Civil Veterinary Department. United Provinces 1912-22 - 1912-1922
Year: 1912
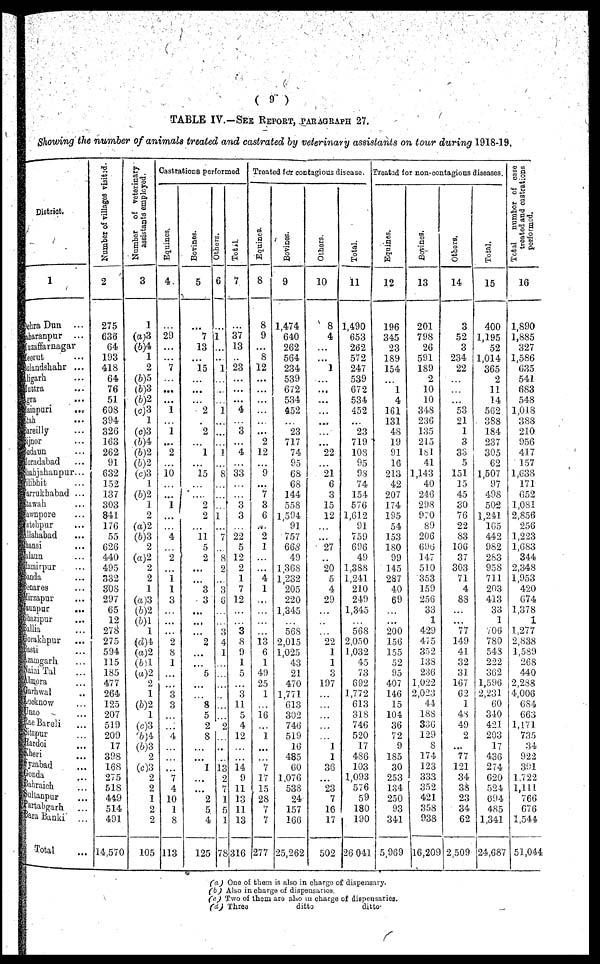
(9)
TABLE IV.—SEE REPORT, PARAGRAPH 27.
Showing the number of animals treated and castrated by veterinary assistants on tour during 1918-19.
District.
1
Dehra Dun
...
Sharanpur ...
Muzaffarnagar
Meerut ...
Blandshahr ...
Aligarh ...
Muttra ...
Agra ...
Mainpuri ...
Etah ...
Bareilly ...
Bijnor ...
Judaun ...
Moradabad ...
Shahjahanpur ...
Pilibhit ...
Farrukhabad ...
Etawah ...
Cawnpore ...
Fatehpur ...
Allahabad ...
Jhansi ...
Jalaun ...
Hamirpur ...
Banda ...
Benares ...
Mirzapur ...
Jaunpur ...
Ghazipur
...
Ballia ...
Gorakhpur ...
Basti ...
Azamgarh ...
Naini Tal ...
Almora ...
Garhwal ...
Lucknow ...
Unao ...
Rae Bareli ...
Sitapur ...
Hardoi ...
Kheri ...
Fyzabad ...
Gonda ...
Bahraich ...
Sultanpur
...
Partabgarh ...
Bara Banki
...
Total ...
Number of villages visited.
2
275
636
64
193
418
64
76
51
608
394
326
163
262
91
632
152
137
303
841
176
55
626
440
495
332
308
297
65
12
278
275
594
115
185
477
264
125
207
519
209
17
398
168
275
518
449
514
491
14,570
N umber of veterinary
assistants employed.
3
1
(a)3
(b)4
1
2
(b)5
(b)3
(b)2
(c)3
1
(c)3
(b)4
(b)2
(b)2
(c)3
1
(b)2
1
2
(a)2
(b)3
2
(a)2
2
2
1
(a)3
(b2
(b)1
1
(d)4
(a)2
(b)1
(a)2
2
1
(b)2
1
(c)3
(b)4
(b)3
2
(c)3
2
2
1
2
2
105
Castrations performed
Equines.
4
29
...
...
7
...
...
...
1
...
1
...
2
10
...
...
1
...
...
4
...
2
...
1
1
3
...
....
...
2
8
1
... ...
3
3
...
...
4
...
...
...
7
4
10
1
8
113
Bovines.
5
7
13
...
15
...
...
...
2
...
2
...
1
...
15
...
...
2
2
...
11
5
2
...
...
3
3
...
...
...
2
...
...
5
...
...
8
5
2
8
...
...
1
...
...
2
5
4
125
Others.
6
1
...
...
1
...
...
...
1
...
...
...
1
8
....
...
1
...
7
8
2
...
3
6
...
...
3
4
1
...
...
...
...
...
...
2
...
..
...
13
2
7
1
5
1
78
Total.
7
37
13
..
23
...
...
...
4
...
3
...
4
...
33
...
...
3
3
...
22
5
12
2
1
7
12
...
...
3
8
9
1
5
...
3
11
5
4
12
...
...
14
9
11
13
11
13
316
Treated for contagious disease.
Equines.
8
8
9
...
8
12
...
...
...
...
...
...
2
12
...
9
...
7
3
6
...
2
1
...
4
1
...
...
...
...
13
6
1
49
25
1
...
16
...
1
...
...
7
17
15
28
7
7
277
Bovines.
9
1,474
640
262
564
234
539
672
534
452
...
23
717
74
95
68
68
144
558
1,594
91
757
668
49
1,368
1,232
205
220
1,345
...
568
2,015
1,025
43
21
470
1,771
613
302
746
519
16
485
60
1.076
538
24
157
166
25,262
Others.
10
8
4
...
...
1
...
...
...
...
...
...
...
22
....
21
6
3
15
12
...
...
27
...
20
5
4
29
...
...
...
22
1
1
3
197
...
...
...
...
...
1
1
36
...
23
7
16
17
502
Total.
11
1,490
653
262
572
247
539
672
534
452
...
23
719
108
95
98
74
154
576
1,612
91
759
696
49
1,388
1,241
210
249
1,345
...
568
2,050
1,032
45
73
692
1,772
613
318
746
520
17
486
103
1,093
576
59
180
190
26 041
Treated for non-contagious diseases.
Equines.
12
196
345
23
189
154
...
1
4
161
131
48
19
91
16
213
42
207
174
195
54
153
180
99
145
287
40
69
...
200
156
155
52
95
407
146
15
104
36
72
9
185
30
253
134
250
93
341
5,969
Bovines.
13
201
798
26
591
189
2
10
10
348
236
135
215
181
41
1,143
40
246
298
970
89
206
696
147
510
353
159
256
33
1
429
475
352
138
236
1,022
2,023
44
188
336
129
8
174
123
333
352
421
358
938
16,209
Others.
14
3
52
3
234
22
...
...
...
53
21
1
3
33
5
151
15
45
30
76
22
83
106
37
303
71
4
88
...
...
77
149
41
32
31
167
62
1
48
49
2
...
77
121
34
38
23
34
62
2,509
Total.
15
400
1,195
52
1,014
365
2
11
14
562
388
184
237
305
62
1,507
97
498
502
1,241
165
442
982
283
958
711
203
413
33
1
706
780
548
222
3li2
1,596
2,231
60
340
421
203
17
436
274
620
524
694
485
1,341
24,687
Total number
of case
treated
and castrations
performed.
16
1,890
1,885
327
1,586
635
541
683
548
1,018
388
210
956
417
157
1,638
171
652
1,081
2,856
256
1,223
1,683
344
2,348
1,953
420
674
1,378
1
1,277
2,838
1,589
268
440
2,288
4,006
684
663
1,171
735
34
922
391
1.722
1,111
766
676
1,544
51,044
(a) One of them is also in charge of dispensary.
(b) Also in charge of dispensaries.
(c) Two of them are- also in charge of dispensaries.
(d) Three
ditto
ditto-